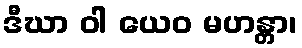
ဒီဃာ ဝါ ယေဝ မဟန္တာ၊